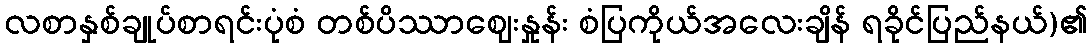
လစာနှစ်ချုပ်စာရင်းပုံစံ တစ်ပိဿာဈေးနှုန်း စံပြကိုယ်အလေးချိန် ရခိုင်ပြည်နယ်)၏